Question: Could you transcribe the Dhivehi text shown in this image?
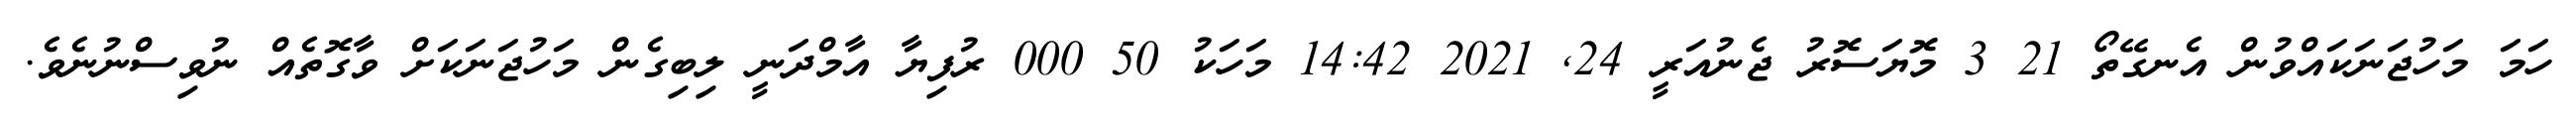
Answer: ހަމަ މަހުޖަނަކައްވުން އެނގޭތޯ 21 3 މޮޔަސޮރު ޖެނުއަރީ 24, 2021 14:42 މަހަކު 50 000 ރުފިޔާ އާމްދަނީ ލިބިގެން މަހުޖަނަކަށް ވާގޮތެއް ނުވިސްނުނެވެ.